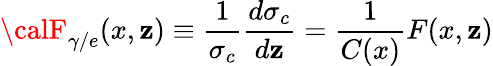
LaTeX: {\calF}_{\gamma/e}(x,\mathbf{z})\equiv\frac{{1}}{{\sigma_{c}}}\frac{{d\sigma_{c}}}{{d\mathbf{z}}}=\frac{{1}}{{C(x)}}F(x,\mathbf{z})